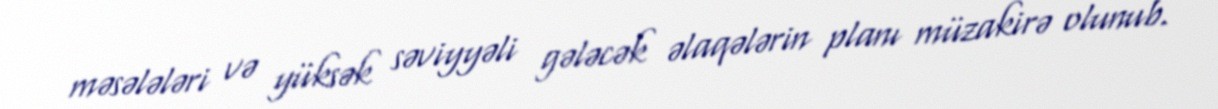
məsələləri və yüksək səviyyəli gələcək əlaqələrin planı müzakirə olunub.